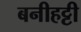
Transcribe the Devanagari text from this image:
बनीहट्टी